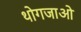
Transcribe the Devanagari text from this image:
थोगजाओ